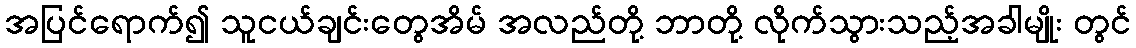
အပြင်ရောက်၍ သူငယ်ချင်းတွေအိမ် အလည်တို့ ဘာတို့ လိုက်သွားသည့်အခါမျိုး တွင်